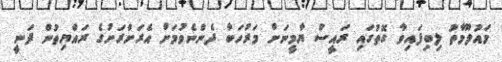
މައުލޫމާތު ލިބިފައިވާ ގޮތުގައި ރައީސް ޔާމީނަށް މަރުހަބާ ދެންނެވުމަށް އެރަށްރަށުގެ ރައްޔިތުން ދަނީ